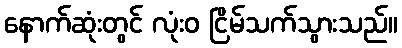
နောက်ဆုံးတွင် လုံးဝ ငြိမ်သက်သွားသည်။